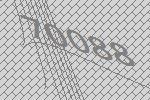
70088